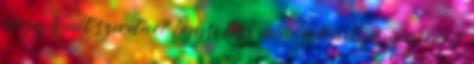
hogy ő mit szeretne? Úgyse lesz mindenkinek jó megoldás.